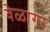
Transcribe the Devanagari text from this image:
वेळागर